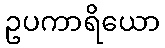
ဥပကာရိယော